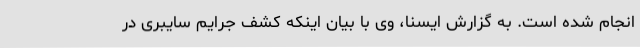
انجام شده است. به گزارش ایسنا، وی با بیان اینکه کشف جرایم سایبری در